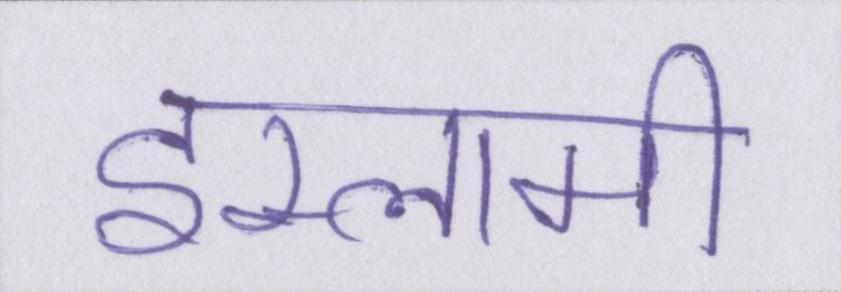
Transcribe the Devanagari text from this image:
इस्लामी